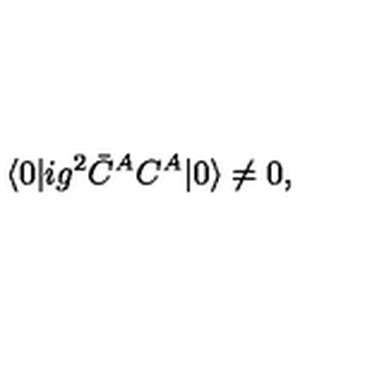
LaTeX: \langle 0 | i g ^ { 2 } \bar { C } ^ { A } C ^ { A } | 0 \rangle \not = 0 ,